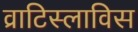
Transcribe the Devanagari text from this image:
व्राटिस्लाविस